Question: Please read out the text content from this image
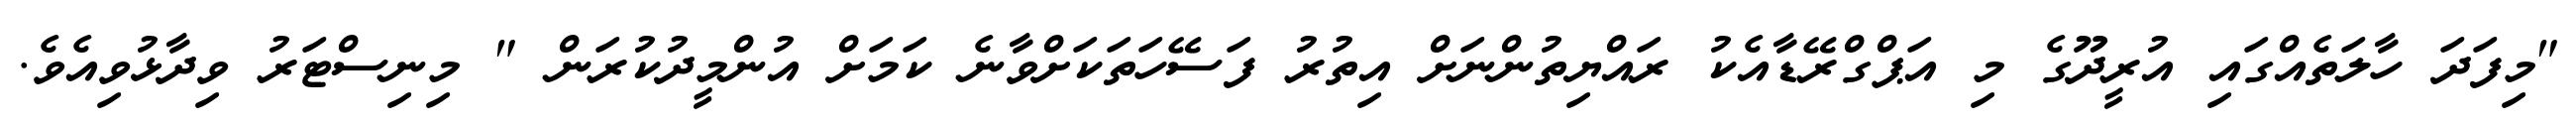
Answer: "މިފަދަ ހާލަތެއްގައި އުރީދޫގެ މި އަޕްގްރޭޑާއެކު ރައްޔިތުންނަށް އިތުރު ފަސޭހަތަކަށްވާނެ ކަމަށް އުންމީދުކުރަން " މިނިސްޓަރު ވިދާޅުވިއެވެ.